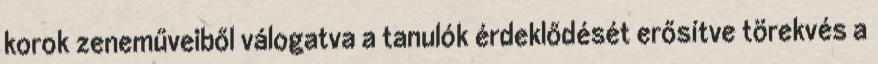
korok zeneműveiből válogatva a tanulók érdeklődését erősítve törekvés a